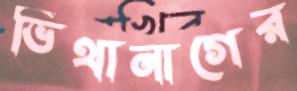
ভিথানাগের